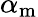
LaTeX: \alpha_{\mathrm{m}}